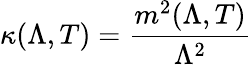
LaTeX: \kappa(\Lambda,T)=\frac{m^{2}(\Lambda,T)}{\Lambda^{2}}